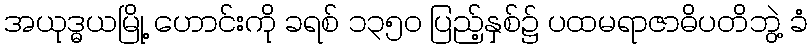
အယုဒ္ဓယမြို့ ဟောင်းကို ခရစ် ၁၃၅၀ ပြည့်နှစ်၌ ပထမရာဇာဓိပတိဘွဲ့ ခံ